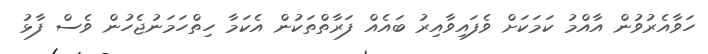
ހަވާއެރުވުން އާއްމު ކަމަކަށް ވެފައިވާއިރު ބައެއް ފަރާތްތަކުން އެކަމާ ހިތްހަމަނުޖެހުން ވެސް ފާޅު